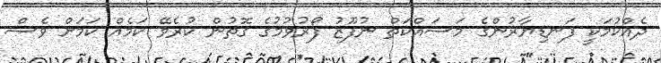
ދެއްކުމަކީ ފަނޑިޔާރުންގެ މަސައްކަތް ނުފޫޒު ފޯރުވުމުގެ ގޮތުން ކުރެވޭ ކަމެއް ކަމަށް ވެސް